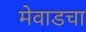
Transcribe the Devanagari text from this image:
मेवाडचा